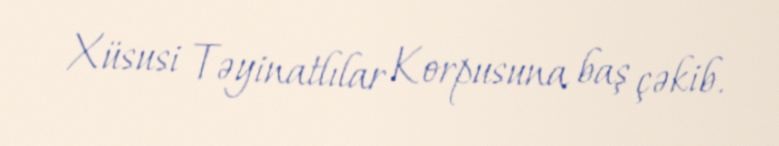
Xüsusi Təyinatlılar Korpusuna baş çəkib.